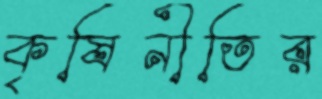
কৃষিনীতির